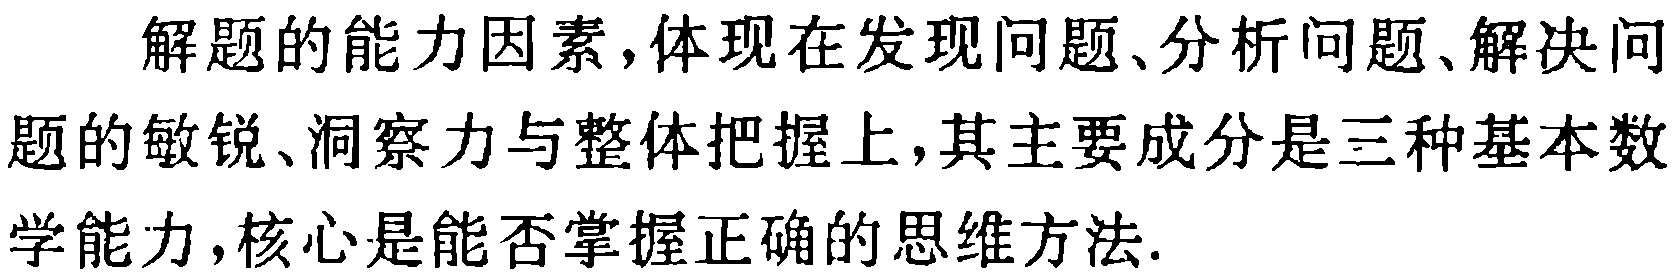
解题的能力因素,体现在发现问题、分析问题、解决问题的敏锐、洞察力与整体把握上,其主要成分是三种基本数学能力,核心是能否掌握正确的思维方法.